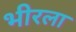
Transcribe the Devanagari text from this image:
भीरला